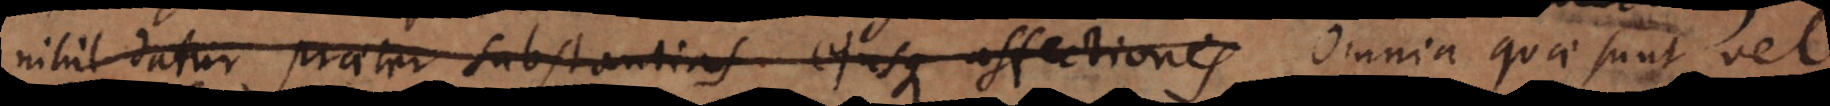
nihil datur praeter substantias ejusque affectiones Omnia quae sunt vel